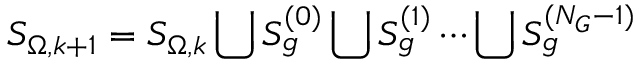
S _ { \Omega , k + 1 } = S _ { \Omega , k } \bigcup S _ { g } ^ { ( 0 ) } \bigcup S _ { g } ^ { ( 1 ) } \cdots \bigcup S _ { g } ^ { ( N _ { G } - 1 ) }